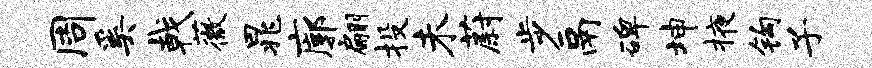
周奚戟薇晁廓翩投未蔚步鬲碑坤掖钩子